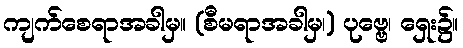
ကျက်စေရာအခါမှ။ (စီမရာအခါမှ၊) ပုဗ္ဗေ၊ ရှေး၌။